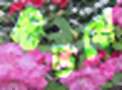
চিতবো